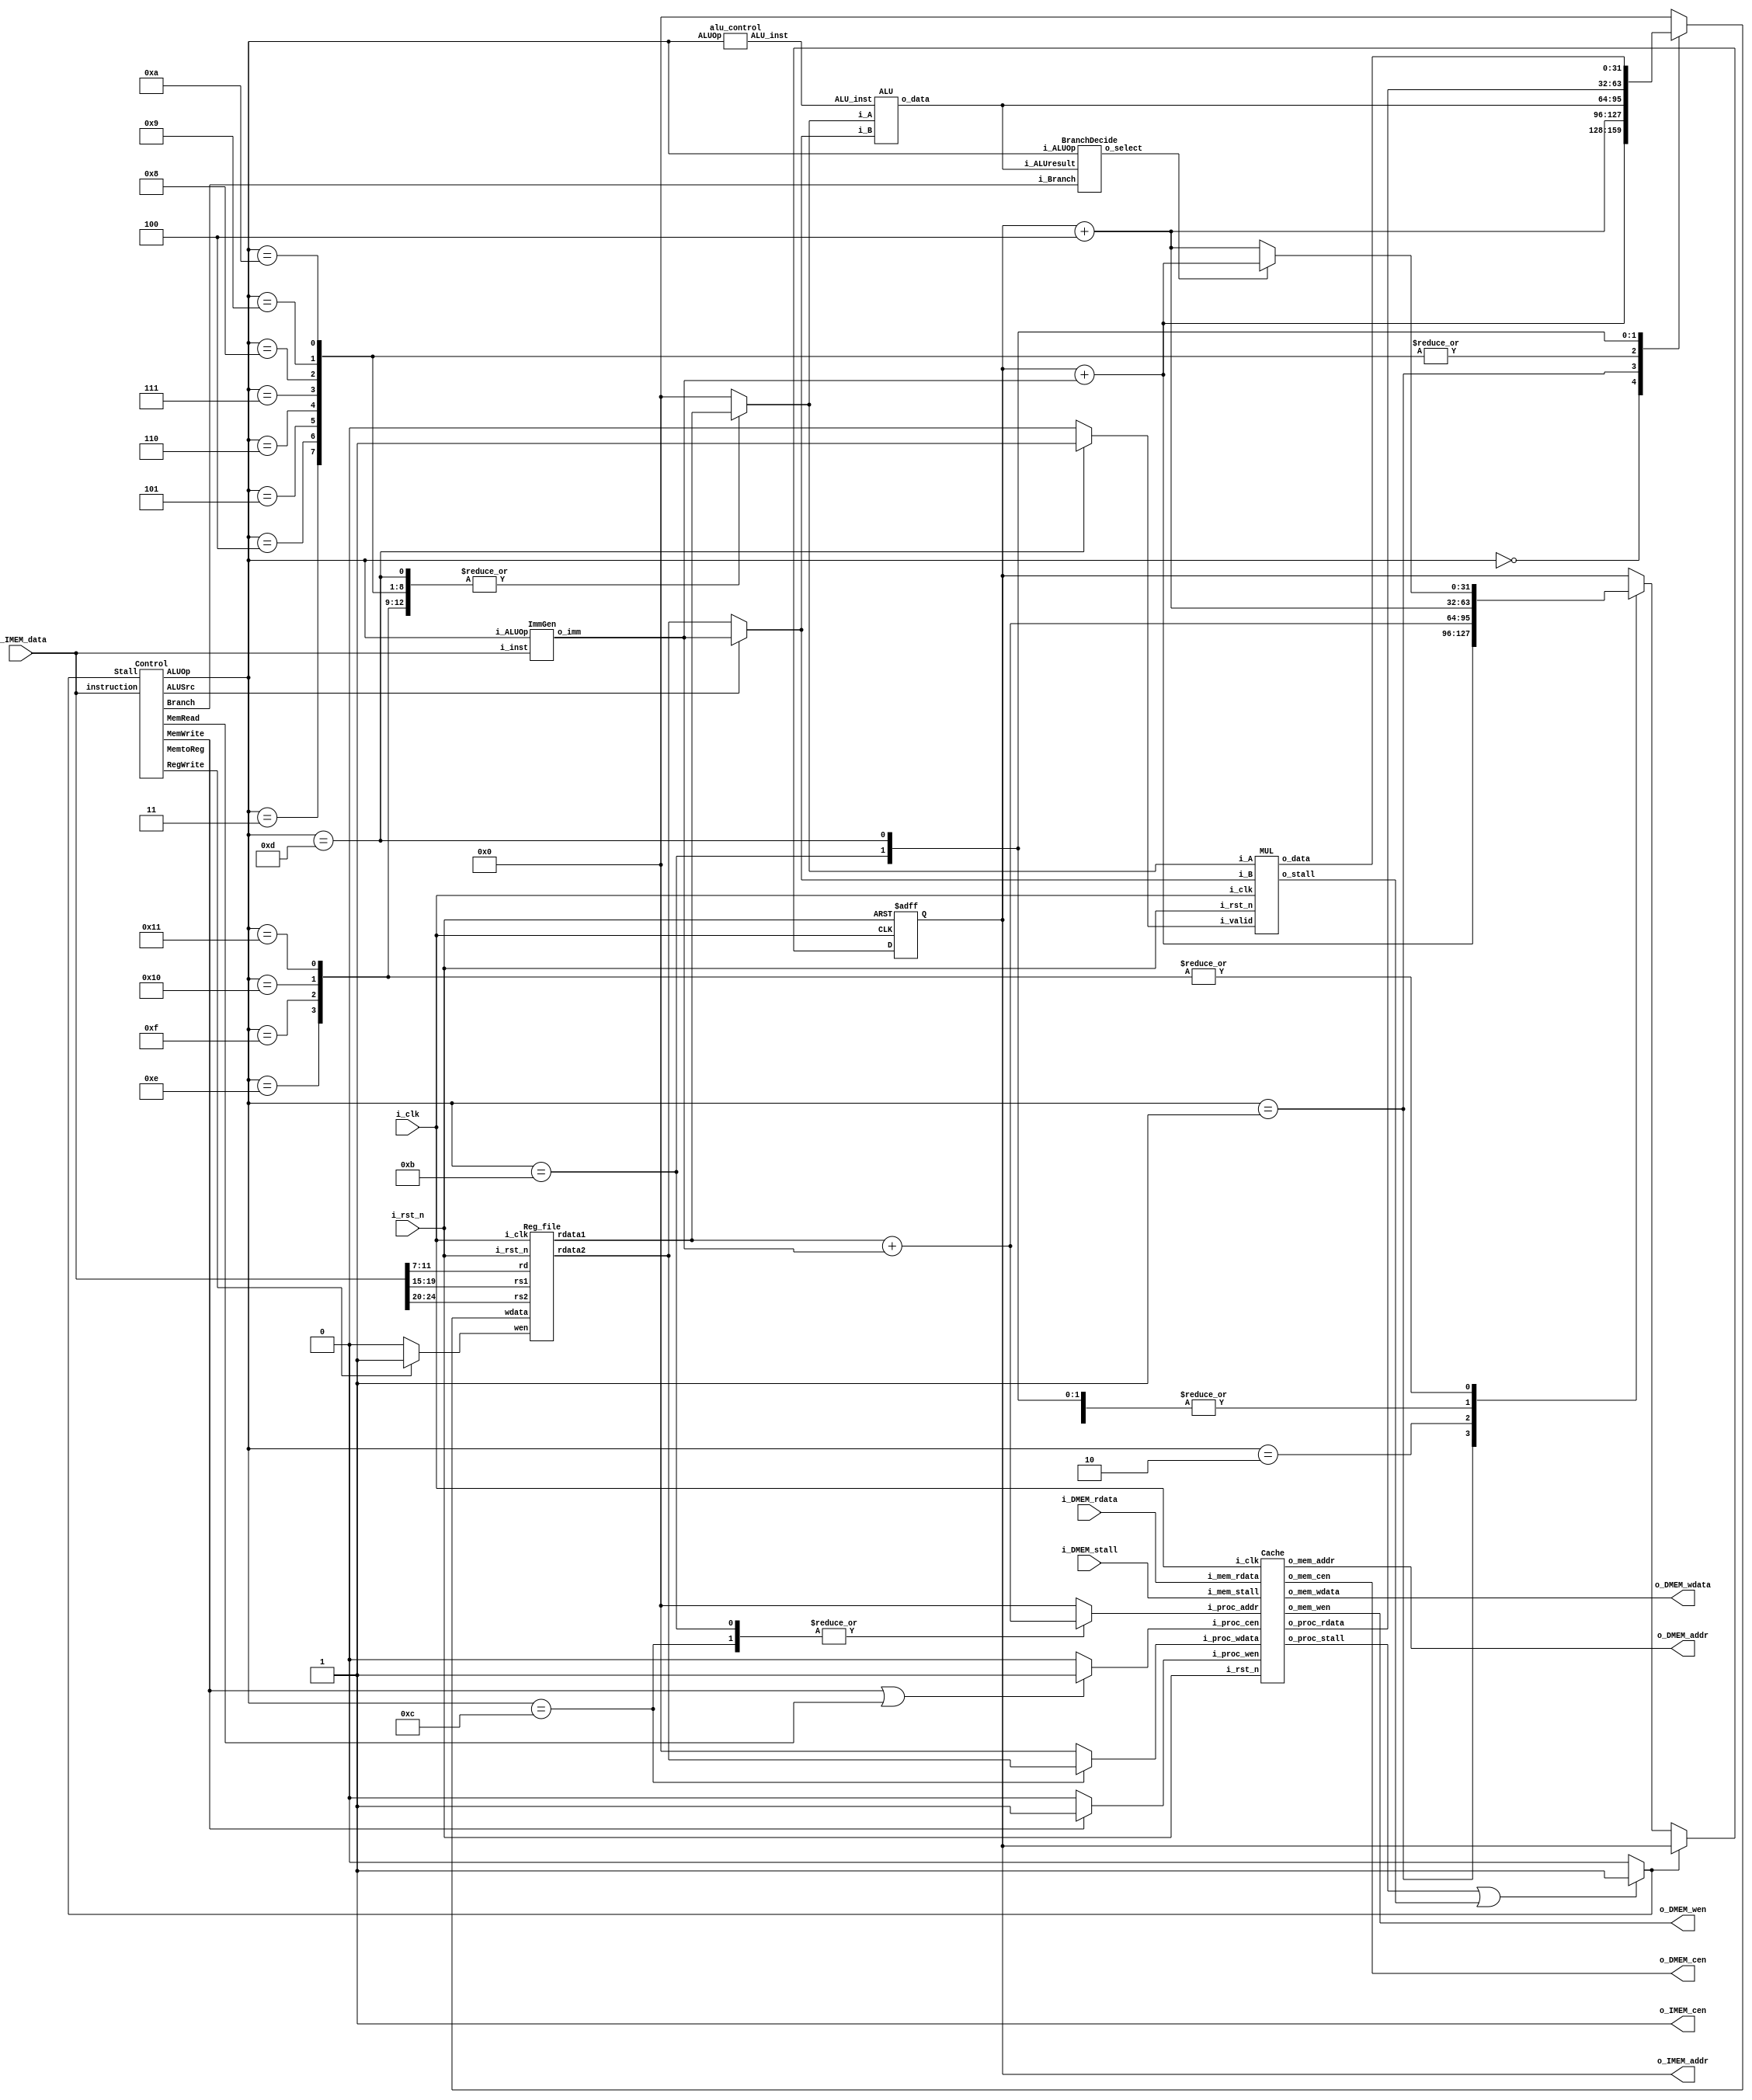
//----------------------------- DO NOT MODIFY THE I/O INTERFACE!! ------------------------------//
module CHIP #(                                                                                  //
    parameter BIT_W = 32                                                                        //
)(                                                                                              //
    // clock                                                                                    //
        input               i_clk,                                                              //
        input               i_rst_n,                                                            //
    // instruction memory                                                                       //
        input  [BIT_W-1:0]  i_IMEM_data,    //instruction binary code                           //
        output [BIT_W-1:0]  o_IMEM_addr,    //pc address                                        //
        output              o_IMEM_cen,     //set hogh to "load"                                //
    // data memory                                                                              //
        input               i_DMEM_stall,                                                       //
        input  [BIT_W-1:0]  i_DMEM_rdata,                                                       //
        output              o_DMEM_cen,                                                         //
        output              o_DMEM_wen,                                                         //
        output [BIT_W-1:0]  o_DMEM_addr,                                                   //
        output [BIT_W-1:0]  o_DMEM_wdata                                                    //
);                                                                                              //
//----------------------------- DO NOT MODIFY THE I/O INTERFACE!! ------------------------------//

// ------------------------------------------------------------------------------------------------------------------------------------------------------
// Parameters
// ------------------------------------------------------------------------------------------------------------------------------------------------------

    // TODO: any declaration

// ------------------------------------------------------------------------------------------------------------------------------------------------------
// Wires and Registers
// ------------------------------------------------------------------------------------------------------------------------------------------------------
    
    // TODO: any declaration
    reg [BIT_W-1:0] PC, next_PC;
    //wire mem_cen, mem_wen;
    //wire [BIT_W-1:0] mem_addr, mem_wdata, mem_rdata;
    wire stall,mem_stall,mul_stall;
    wire Branch;
    wire MemRead;
    wire MemtoReg;
    wire [4:0] ALUOp;
    wire MemWrite;
    wire ALUSrc;
    wire RegWrite;
    wire [2:0]ALU_inst;
    wire wen; //0:reg read 1:reg write
    wire [31:0]wdata; //the data going to write into reg
    reg [31:0]r_wdata;
    wire [31:0]rdata1,rdata2; //data read from reg
    wire [31:0]data1,data2; // data input of alu
    reg [31:0]r_data1,r_data2;
    wire [31:0]alu_result; // data output of alu
    wire select;//branch select
    wire [31:0] imm;
    //reg  [3:0]state,next_state;
    wire do_mul;
    wire [31:0]mul_result;
    //cache
    wire proc_cen;
    wire proc_wen;
    wire [31:0] proc_addr;
    reg [31:0] r_proc_addr;
    wire [31:0] proc_wdata;
    reg [31:0] r_proc_wdata;
    wire [31:0] proc_rdata;
    wire proc_stall;
    wire DMEM_cen;
    wire DMEM_wen;
    wire [31:0] DMEM_addr;
    wire [31:0] DMEM_wdata;
    wire [31:0] DMEM_rdata;
    wire DMEM_stall;

// ------------------------------------------------------------------------------------------------------------------------------------------------------
// Continuous Assignment
// ------------------------------------------------------------------------------------------------------------------------------------------------------
    assign wdata = r_wdata;
    assign data1 = r_data1;
    assign data2 = r_data2;
    assign proc_cen = (MemWrite||MemRead)? 1:0;
    assign proc_wen = (MemWrite)? 1:0;
    assign mem_stall = proc_stall;
    assign stall = ((mem_stall||mul_stall)==1)? 1:0;
    assign do_mul = (ALUOp == 5'd13)?1:0;

    assign proc_addr = r_proc_addr;
    assign proc_wdata = r_proc_wdata;
    assign o_DMEM_addr = DMEM_addr;
    assign o_DMEM_cen = DMEM_cen;
    assign o_DMEM_wen = DMEM_wen;
    assign o_DMEM_wdata = DMEM_wdata;
    //assign i_DMEM_stall = DMEM_stall;
    //assign i_mem_rdata = DMEM_rdata;


    // TODO: any wire assignment

// ------------------------------------------------------------------------------------------------------------------------------------------------------
// Submoddules
// ------------------------------------------------------------------------------------------------------------------------------------------------------

    // TODO: Reg_file wire connection
    assign wen = (RegWrite)? 1:0; 
    Reg_file reg0(               
        .i_clk  (i_clk),             
        .i_rst_n(i_rst_n),         
        .wen    (wen),          
        .rs1    (i_IMEM_data[19:15]),                
        .rs2    (i_IMEM_data[24:20]),                
        .rd     (i_IMEM_data[11:7]),                 
        .wdata  (wdata),             
        .rdata1 (rdata1),           
        .rdata2 (rdata2)
    );
    //control block
    Control ctrl(
        .instruction(i_IMEM_data),
        .Stall(stall),
        .Branch(Branch),
        .MemRead(MemRead),
        .MemtoReg(MemtoReg), 
        .ALUOp(ALUOp),
        .MemWrite(MemWrite),
        .ALUSrc(ALUSrc),
        .RegWrite(RegWrite)
    );
    //alu_control block
    alu_control ALU_CONTROL(
        .ALUOp(ALUOp),
        .ALU_inst(ALU_inst)
    );
    ALU alu(
        .i_A(data1),
        .i_B(data2),
        .ALU_inst(ALU_inst),
        .o_data(alu_result)
    );
    BranchDecide branchdecide(
        .i_Branch(Branch), 
        .i_ALUOp(ALUOp), 
        .i_ALUresult(alu_result), 
        .o_select(select)
    );
    ImmGen immgen(
        .i_ALUOp(ALUOp),
        .i_inst(i_IMEM_data),
        .o_imm(imm)
    );
    MUL mul(
        .i_clk(i_clk),
        .i_rst_n(i_rst_n), 
        .i_valid(do_mul), 
        .i_A(data1),
        .i_B(data2),
        .o_data(mul_result),
        .o_stall(mul_stall)
    );
    Cache cache(
        .i_clk(i_clk),
        .i_rst_n(i_rst_n),
        // processor interface
        .i_proc_cen(proc_cen),
        .i_proc_wen(proc_wen),
        .i_proc_addr(proc_addr),
        .i_proc_wdata(proc_wdata),
        .o_proc_rdata(proc_rdata),
        .o_proc_stall(proc_stall),
        // memory interface
        .o_mem_cen(DMEM_cen),
        .o_mem_wen(DMEM_wen),
        .o_mem_addr(DMEM_addr),
        .o_mem_wdata(DMEM_wdata),
        .i_mem_rdata(i_DMEM_rdata),
        .i_mem_stall(i_DMEM_stall)
    );

// ------------------------------------------------------------------------------------------------------------------------------------------------------
// Always Blocks
// ------------------------------------------------------------------------------------------------------------------------------------------------------
    always @(*)begin
        r_proc_wdata = 32'b0;
        r_wdata = 32'b0;
        r_data1 = 32'b0;
        r_data2 = (ALUSrc)? imm:rdata2;
        r_proc_addr = 32'b0;
        
        case(ALUOp) 
            5'd0:begin//auipc
                next_PC = PC + 4;
                r_wdata = PC + imm;
            end
            5'd1:begin //jal
                r_wdata = PC + 4;
                next_PC = PC +imm;
            end
            5'd2:begin //jalr
                next_PC = rdata1 +imm;
            end
            5'd3:begin //add
                next_PC = PC + 4;
                r_data1 = rdata1;
                //r_data2 = rdata2;
                r_wdata = alu_result;
            end
            5'd4:begin //sub
                next_PC = PC + 4;
                r_data1 = rdata1;
                //r_data2 = rdata2;
                r_wdata = alu_result;
            end
            5'd5:begin //and
                next_PC = PC + 4;
                r_data1 = rdata1;
                //r_data2 = rdata2;
                r_wdata = alu_result;
            end
            5'd6:begin //xor
                next_PC = PC + 4;
                r_data1 = rdata1;
                //r_data2 = rdata2;
                r_wdata = alu_result;
            end
            5'd7:begin //addi
                next_PC = PC + 4;
                r_data1 = rdata1;
                //r_data2 = imm;
                r_wdata = alu_result;
            end
            5'd8:begin //slli
                next_PC = PC + 4;
                r_data1 = rdata1;
                //r_data2 = imm;
                r_wdata = alu_result;
            end
            5'd9:begin //slti
                next_PC = PC + 4;
                r_data1 = rdata1;
                //r_data2 = imm;
                r_wdata = alu_result;
            end
            5'd10:begin //srai
                next_PC = PC + 4;
                r_data1 = rdata1;
                //r_data2 = imm;
                r_wdata = alu_result;
                
            end
            5'd11:begin //lw
                next_PC = PC + 4;
                r_proc_addr = rdata1 + imm;
                r_wdata = proc_rdata;
            end
            5'd12:begin //sw
                next_PC = PC + 4;
                r_proc_addr = rdata1 + imm;
                r_proc_wdata = rdata2;
            end
            5'd13:begin //mul
                next_PC = PC + 4;
                r_data1 = rdata1;
                //r_data2 = rdata2;
                r_wdata = mul_result;
            end
            5'd14:begin //beq
                r_data1 = rdata1;
                //r_data2 = rdata2;
                next_PC = (select)? PC+imm:PC+4;
            end
            5'd15:begin //bge
                r_data1 = rdata1;
                //r_data2 = rdata2;
                next_PC = (select)? PC+imm:PC+4;
            end
            5'd16:begin //blt
                r_data1 = rdata1;
                //r_data2 = rdata2;
                next_PC = (select)? PC+imm:PC+4;
            end
            5'd17:begin //bne
                r_data1 = rdata1;
                //r_data2 = rdata2;
                next_PC = (select)? PC+imm:PC+4;
            end
            default: next_PC = PC;
        endcase
        
    end
    assign o_IMEM_addr = PC;
    assign o_IMEM_cen = 1;
    // Todo: any combinational/sequential circuit

    always @(posedge i_clk or negedge i_rst_n) begin
        if (!i_rst_n) begin
            PC <= 32'h00010000; // Do not modify this value!!!
        end
        else begin
            PC <= (stall)? PC:next_PC;
        end
    end
endmodule

module BranchDecide(i_Branch, i_ALUOp, i_ALUresult, o_select);
    parameter BITS = 32;
    input i_Branch;
    input [4:0] i_ALUOp;
    input signed [BITS-1:0] i_ALUresult;
    output o_select;

    reg o_select_r;
    assign o_select=o_select_r;

    always @(*) begin
        case (i_ALUOp)
            5'd14: begin //beq
                o_select_r=(i_Branch&&(i_ALUresult==0)) ?1:0;
            end
            5'd15: begin //bge
                o_select_r=(i_Branch&&(i_ALUresult>=0)) ?1:0;
            end
            5'd16: begin //blt
                o_select_r=(i_Branch&&(i_ALUresult<0)) ?1:0;
            end
            5'd17: begin //bne
                o_select_r=(i_Branch&&(i_ALUresult!=0)) ?1:0;
            end
            default: o_select_r=0;
        endcase
    end
endmodule

module ImmGen(i_ALUOp, i_inst, o_imm);
    parameter BITS = 32;
    input [4:0] i_ALUOp;
    input [BITS-1:0] i_inst;
    output [BITS-1:0] o_imm;
    reg [BITS-1:0]o_imm;

    always @(*) begin
        case (i_ALUOp)
            5'd0: o_imm = {i_inst[31:12],12'h000};
            5'd1: o_imm = {{11{i_inst[31]}},i_inst[31],i_inst[19:12],i_inst[20],i_inst[30:21],1'b0};
            5'd2: o_imm = {{21{i_inst[31]}},i_inst[30:20]};
            5'd7: o_imm = {{21{i_inst[31]}},i_inst[30:20]};
            5'd8: o_imm = {{27{1'b0}},i_inst[24:20]};
            5'd9: o_imm = {{21{i_inst[31]}},i_inst[30:20]};
            5'd10: o_imm = {{27{1'b0}},i_inst[24:20]};
            5'd11: o_imm = {{21{i_inst[31]}},i_inst[30:20]};
            5'd12: o_imm = {{21{i_inst[31]}},i_inst[30:25],i_inst[11:7]};
            5'd14: o_imm = {{20{i_inst[31]}},i_inst[30],i_inst[7],i_inst[30:25],i_inst[11:8],1'b0};
            5'd15: o_imm = {{20{i_inst[31]}},i_inst[30],i_inst[7],i_inst[30:25],i_inst[11:8],1'b0};
            5'd16: o_imm = {{20{i_inst[31]}},i_inst[30],i_inst[7],i_inst[30:25],i_inst[11:8],1'b0};
            5'd17: o_imm = {{20{i_inst[31]}},i_inst[30],i_inst[7],i_inst[30:25],i_inst[11:8],1'b0};
            default: o_imm=32'd0;
        endcase
    end
endmodule

module Reg_file(i_clk, i_rst_n, wen, rs1, rs2, rd, wdata, rdata1, rdata2);
   
    parameter BITS = 32;
    parameter word_depth = 32;
    parameter addr_width = 5; // 2^addr_width >= word_depth
    
    input i_clk, i_rst_n, wen; // wen: 0:read | 1:write
    input [BITS-1:0] wdata;
    input [addr_width-1:0] rs1, rs2, rd;

    output [BITS-1:0] rdata1, rdata2;

    reg [BITS-1:0] mem [0:word_depth-1];
    reg [BITS-1:0] mem_nxt [0:word_depth-1];

    integer i;

    assign rdata1 = mem[rs1];
    assign rdata2 = mem[rs2];

    always @(*) begin
        for (i=0; i<word_depth; i=i+1)
            mem_nxt[i] = (wen && (rd == i)) ? wdata : mem[i]; //write data 
    end

    always @(posedge i_clk or negedge i_rst_n) begin
        if (!i_rst_n) begin
            mem[0] <= 0;
            for (i=1; i<word_depth; i=i+1) begin
                case(i)
                    32'd2: mem[i] <= 32'hbffffff0;
                    32'd3: mem[i] <= 32'h10008000;
                    default: mem[i] <= 32'h0;
                endcase
            end
        end
        else begin
            mem[0] <= 0;
            for (i=1; i<word_depth; i=i+1)
                mem[i] <= mem_nxt[i];
        end       
    end
endmodule

module Cache#(
        parameter BIT_W = 32,
        parameter ADDR_W = 32,
        parameter OS = 32'h0001_0000
    )(
        input i_clk,
        input i_rst_n,
        // processor interface
            input i_proc_cen,
            input i_proc_wen,
            input [ADDR_W-1:0] i_proc_addr,
            input [BIT_W-1:0]  i_proc_wdata,
            output [BIT_W-1:0] o_proc_rdata,
            output o_proc_stall,
        // memory interface
            output o_mem_cen,
            output o_mem_wen,
            output [ADDR_W-1:0] o_mem_addr,
            output [BIT_W-1:0]  o_mem_wdata,
            input [BIT_W-1:0] i_mem_rdata,
            input i_mem_stall
    );
        reg [31:0] cache_mem_data[15:0],next_cache_mem_data[15:0];
        reg [31:0] cache_mem_addr[15:0],next_cache_mem_addr[15:0];
        reg valid[15:0],next_valid[15:0];
        reg [1:0] state,next_state;
        integer i;
        reg [31:0] r_proc_rdata;
        assign o_proc_rdata = (state==2'b00||state==2'b01)? r_proc_rdata:o_proc_rdata;
        always @(*) begin
            for(i=0;i<16;i=i+1)begin
                    next_valid[i] = valid[i];
                    next_cache_mem_addr[i] = cache_mem_addr[i];
                    next_cache_mem_data[i] = cache_mem_data[i];
            end
            next_state = state;
            r_proc_rdata = 32'h0;
            case(state)
                2'b00:begin  //IDLE

                    if(i_proc_cen && !i_proc_wen)begin //read
                        i=i_proc_addr[5:2];
                        if(valid[i]==1 && cache_mem_addr[i]==i_proc_addr)begin
                            r_proc_rdata = cache_mem_data[i];
                            next_state = 2'b11;
                        end
                        else next_state = 2'b01;
                    end
                    else if(i_proc_cen && i_proc_wen)next_state=2'b10;//write
                    else next_state=state;
                end
                2'b01:begin //access mem read
                    if(i_mem_stall==1)next_state = 2'b01;
                    else begin
                        i = o_mem_addr[5:2];
                        next_valid[i] = 1;
                        next_cache_mem_data[i] = i_mem_rdata;
                        next_cache_mem_addr[i] = i_proc_addr;
                        next_state = 2'b11;
                        r_proc_rdata = i_mem_rdata;
                    end
                end
                2'b10:begin //write through
                    if(i_mem_stall==1)next_state = 2'b10;
                    else begin
                        i = o_mem_addr[5:2];
                        next_valid[i] = 1;
                        next_cache_mem_data[i] = i_proc_wdata;
                        next_cache_mem_addr[i] = i_proc_addr;
                        next_state = 2'b11;
                    end 
                end
                2'b11: begin
                    next_state = 2'b00;//end
                end
            endcase
        end
        always @(posedge i_clk or negedge i_rst_n) begin
            if (!i_rst_n) begin
                state <= 2'b00;
                for(i=0;i<16;i=i+1)begin
                    valid[i] <= 0;
                    cache_mem_addr[i] <= 0;
                    cache_mem_data[i] <= 0;
                end
            end
            else begin
                state <= next_state;
                for(i=0;i<16;i=i+1)begin
                    valid[i] <= next_valid[i];
                    cache_mem_addr[i] <= next_cache_mem_addr[i];
                    cache_mem_data[i] <= next_cache_mem_data[i];
                end
            end       
        end
    //---------------------------------------//
    //          default connection           //
    assign o_mem_cen = (state ==2'b01||state==2'b10)? i_proc_cen:0;        //
    assign o_mem_wen = (state ==2'b01||state==2'b10)? i_proc_wen:0;        //
    assign o_mem_addr = i_proc_addr;      //
    assign o_mem_wdata = i_proc_wdata;    //
    assign o_proc_stall = (i_proc_cen && (state!=2'b11))? 1:0;    //
    //---------------------------------------//

    // Todo: BONUS
endmodule
module Control(instruction,Stall,Branch, MemRead, MemtoReg, ALUOp, MemWrite, ALUSrc, RegWrite);
    // I/O INTERFACE 
    input [31:0] instruction;
    input Stall;
    output Branch, MemRead, MemtoReg, MemWrite, ALUSrc, RegWrite;
    output [4:0] ALUOp;
    //
    reg [6:0] opcode;
    reg [2:0] funct3;
    reg [6:0] funct7;
    reg [4:0] ALUOp;
    always @(*) begin
        ALUOp = 5'd18;
        opcode = instruction[6:0];
        funct3 = instruction[14:12];
        funct7 = instruction[31:25];
        case(opcode)
            7'b0010111: begin //auipc
                ALUOp = 5'd0;
            end
            7'b1101111: begin //jal
                ALUOp = 5'd1;
            end
            7'b1100111: begin //jalr
                ALUOp = 5'd2;
                
            end
            7'b0110011: begin
                if(funct7[5])ALUOp = 5'd4;//sub
                else if(funct3[0]) ALUOp = 5'd5;//and
                else if(funct3[2]) ALUOp = 5'd6;//xor
                else if(funct7[0]) ALUOp = 5'd13;//mul
                else ALUOp=5'd3; //add
            end
            7'b0010011: begin
                case(funct3) 
                    3'b000: ALUOp = 5'd7;//addi
                    3'b001: ALUOp = 5'd8;//slli
                    3'b010: ALUOp = 5'd9;//slti
                    3'b101: ALUOp = 5'd10;//srai
                endcase
            end
            7'b0000011:begin
                ALUOp = 5'd11;//lw
            end
            7'b0100011:begin
                ALUOp = 5'd12;//sw
            end
            7'b1100011:begin
                case(funct3) 
                    3'b000: ALUOp = 5'd14;//beq
                    3'b101: ALUOp = 5'd15;//bge
                    3'b100: ALUOp = 5'd16;//blt
                    3'b001: ALUOp = 5'd17;//bne
                endcase
            end
            default: begin
                ALUOp = 5'd18; //something wrong
            end
            
        endcase
    end
    assign Branch = (ALUOp==5'd1||ALUOp==5'd2||ALUOp==5'd14||ALUOp==5'd15||ALUOp==5'd16||ALUOp==5'd17)? 1:0;
    assign MemRead = (ALUOp==5'd11)? 1:0;
    assign MemtoReg = (ALUOp==5'd11)? 1:0;
    assign MemWrite = (ALUOp==5'd12)? 1:0;
    assign  ALUSrc = (ALUOp==5'd7||ALUOp==5'd8||ALUOp==5'd9||ALUOp==5'd10)?1:0;
    assign RegWrite = (!Stall&&(ALUOp==5'd0||ALUOp==5'd1||ALUOp==5'd3||ALUOp==5'd4||ALUOp==5'd5||ALUOp==5'd6||ALUOp==5'd7||ALUOp==5'd8||ALUOp==5'd9||ALUOp==5'd10||ALUOp==5'd11||ALUOp==5'd13))? 1:0;

endmodule
module alu_control(ALUOp, ALU_inst);
    input [4:0] ALUOp;
    output [2:0] ALU_inst;
    reg [2:0] ALU_inst;
    always @(*) begin
        case(ALUOp)
            5'd0: ALU_inst=3'd7;
            5'd1: ALU_inst=3'd7;
            5'd2: ALU_inst=3'd7;
            5'd3: ALU_inst=3'd0;
            5'd4: ALU_inst=3'd1;
            5'd5: ALU_inst=3'd2;
            5'd6: ALU_inst=3'd3;
            5'd7: ALU_inst=3'd0;
            5'd8: ALU_inst=3'd7;
            5'd9: ALU_inst=3'd4;
            5'd10: ALU_inst=3'd5;
            5'd11: ALU_inst=3'd0;
            5'd12: ALU_inst=3'd0;
            5'd13: ALU_inst=3'd6;
            5'd14: ALU_inst=3'd1;
            5'd15: ALU_inst=3'd1;
            5'd16: ALU_inst=3'd1;
            5'd17: ALU_inst=3'd1;
            default: ALU_inst=3'd0;
        endcase
    end
endmodule
module ALU(i_A,i_B, ALU_inst, o_data);
    input  [31:0] i_A, i_B;
    input  [2:0]  ALU_inst;
    output [31:0] o_data;
    reg [2:0]inst;  
    reg [31:0]o_data;  
    always @(*) begin
        inst = ALU_inst;
        case(inst)
            3'd0: o_data = i_A + i_B;  // add
            3'd1: o_data = i_A - i_B;  // sub
            3'd2: o_data = i_A & i_B;  // and
            3'd3: o_data = i_A ^ i_B;  // and
            3'd4: o_data = ($signed(i_A) < $signed(i_B)) ? 1:0; //set less than
            3'd5: o_data = i_A >>> i_B;  // shift right arithmetic
            3'd7: o_data = i_A <<< i_B;  // shift left arithmetic
            default: o_data = 32'b0;
        endcase
    end
    
endmodule

module MUL #(
    parameter DATA_W = 32
)
(
    input                       i_clk,
    input                       i_rst_n,
    input                       i_valid,
    input [DATA_W - 1 : 0]      i_A,
    input [DATA_W - 1 : 0]      i_B,
    output [DATA_W - 1 : 0]     o_data,
    output                      o_stall
);
// Parameters
    // Definition of states
    parameter S_IDLE = 2'b00;
    parameter S_MUL = 2'b01;
    parameter S_OUT = 2'b10;
// Wires & Regs
    reg  [1:0] state, next_state;
    reg  [2*DATA_W - 1 : 0] nex_a,nex_b,a,b;
    reg  [2*DATA_W - 1 : 0] result,nex_result;
    reg  [6:0] count,nex_count;
    reg  c_out;   
// Always Combination
        always @(*) begin
            nex_count = count;
            nex_result = result;
            nex_a = a;
            nex_b = b;
            case(state)
                S_IDLE  : begin
                    nex_count = 0;
                    nex_result = 64'b0;
                    if(i_valid)begin
                        nex_a=i_A;
                        nex_b=i_B;
                        next_state = S_MUL;
                    end
                    else next_state=S_IDLE;
                end 
                S_MUL   :begin
                    next_state = (count==31)? S_OUT : S_MUL;
                    nex_result = (count==0)? nex_a : result;
                    c_out=0;
                    if(nex_result[0]==1)begin
                        nex_result = {{nex_result[63:32]+nex_b[31:0]},nex_result[31:0]};
                        c_out = (result[63:32]+nex_b[31:0]<nex_b[31:0])? 1'b1:1'b0; //add overflow
                    end
                    else nex_result = nex_result;
                    
                    nex_result = nex_result>>1;
                    nex_result[63]=c_out;
                    nex_count = count + 1;
                end
                S_OUT   : next_state = S_IDLE;
                default : next_state = state;
            endcase
        end
        assign o_data = (state == S_OUT) ? result[31:0] : 0;
        assign o_stall = (i_valid && state != S_OUT) ? 1 : 0;  
    // Todo: Sequential always block
    always @(posedge i_clk or negedge i_rst_n) begin
        if (!i_rst_n) begin
            state <= S_IDLE;
        end
        else begin
            state <= next_state;
            count <= nex_count;
            result <= nex_result;
            a <= nex_a;
            b <= nex_b;
        end
    end

endmodule